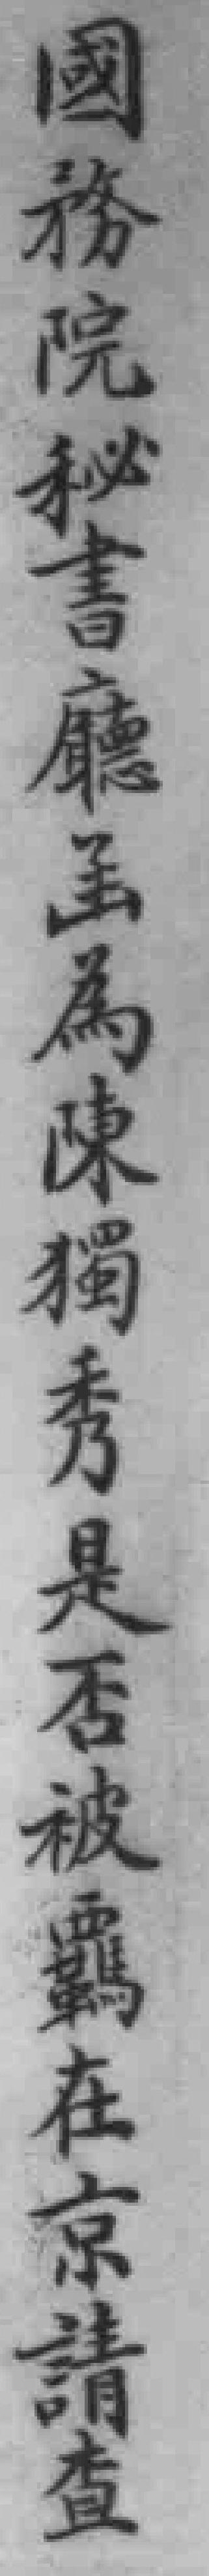
國務院秘書廳函為陳獨秀是否被羈在京請查